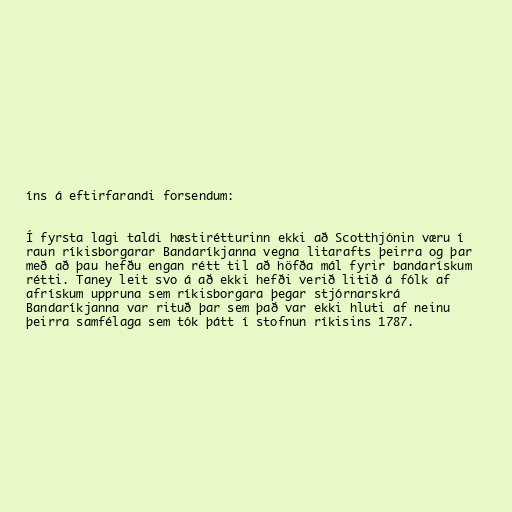
íns á eftirfarandi forsendum:

Í fyrsta lagi taldi hæstirétturinn ekki að Scotthjónin væru í
raun ríkisborgarar Bandaríkjanna vegna litarafts þeirra og þar
með að þau hefðu engan rétt til að höfða mál fyrir bandarískum
rétti. Taney leit svo á að ekki hefði verið litið á fólk af
afrískum uppruna sem ríkisborgara þegar stjórnarskrá
Bandaríkjanna var rituð þar sem það var ekki hluti af neinu
þeirra samfélaga sem tók þátt í stofnun ríkisins 1787.